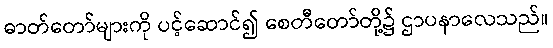
ဓာတ်တော်များကို ပင့်ဆောင်၍ စေတီတော်တို့၌ ဌာပနာလေသည်။